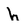
Character: h